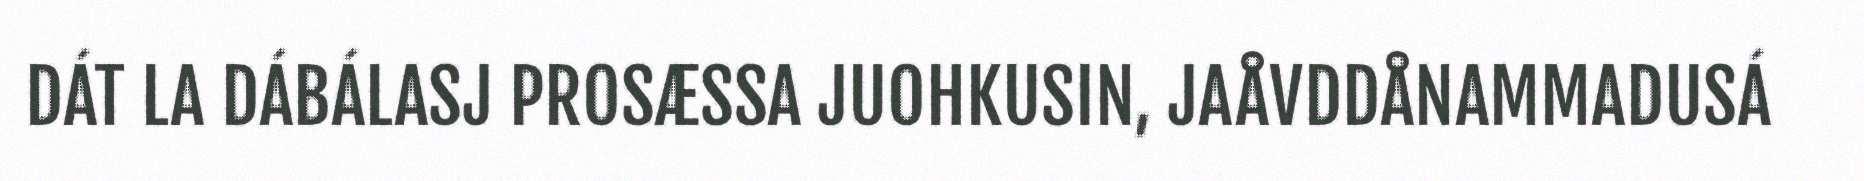
DÁT LA DÁBÁLASJ PROSÆSSA JUOHKUSIN, JAÅVDDÅNAMMADUSÁ